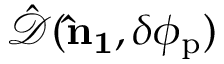
\hat { \mathcal { D } } ( { \bf \hat { n } _ { 1 } } , \delta \phi _ { \mathrm { p } } )